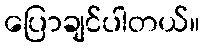
ပြောချင်ပါတယ်။